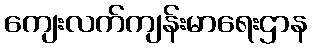
ကျေးလက်ကျန်းမာရေးဌာန